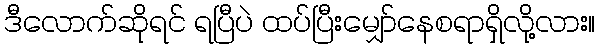
ဒီလောက်ဆိုရင် ရပြီပဲ ထပ်ပြီးမျှော်နေစရာရှိလို့လား။